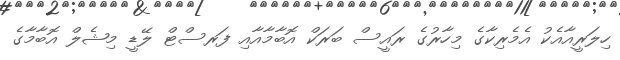
ހިލަރީއާއެކު އެމެރިކާގެ މިހާރުގެ ރައީސް ބަރަކް އޮބާމާއާއި ފަރސްޓް ލޭޑީ މިޝެލް އޮބާމާގެ